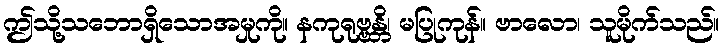
ဤသို့သဘောရှိသောအမှုကို။ နကုရုဗ္ဗန္တိ၊ မပြုကုန်။ ဗာလော၊ သူမိုက်သည်။